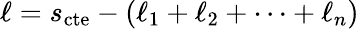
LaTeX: \ell=s_{\mathrm{cte}}-(\ell_{1}+\ell_{2}+\dots+\ell_{n})